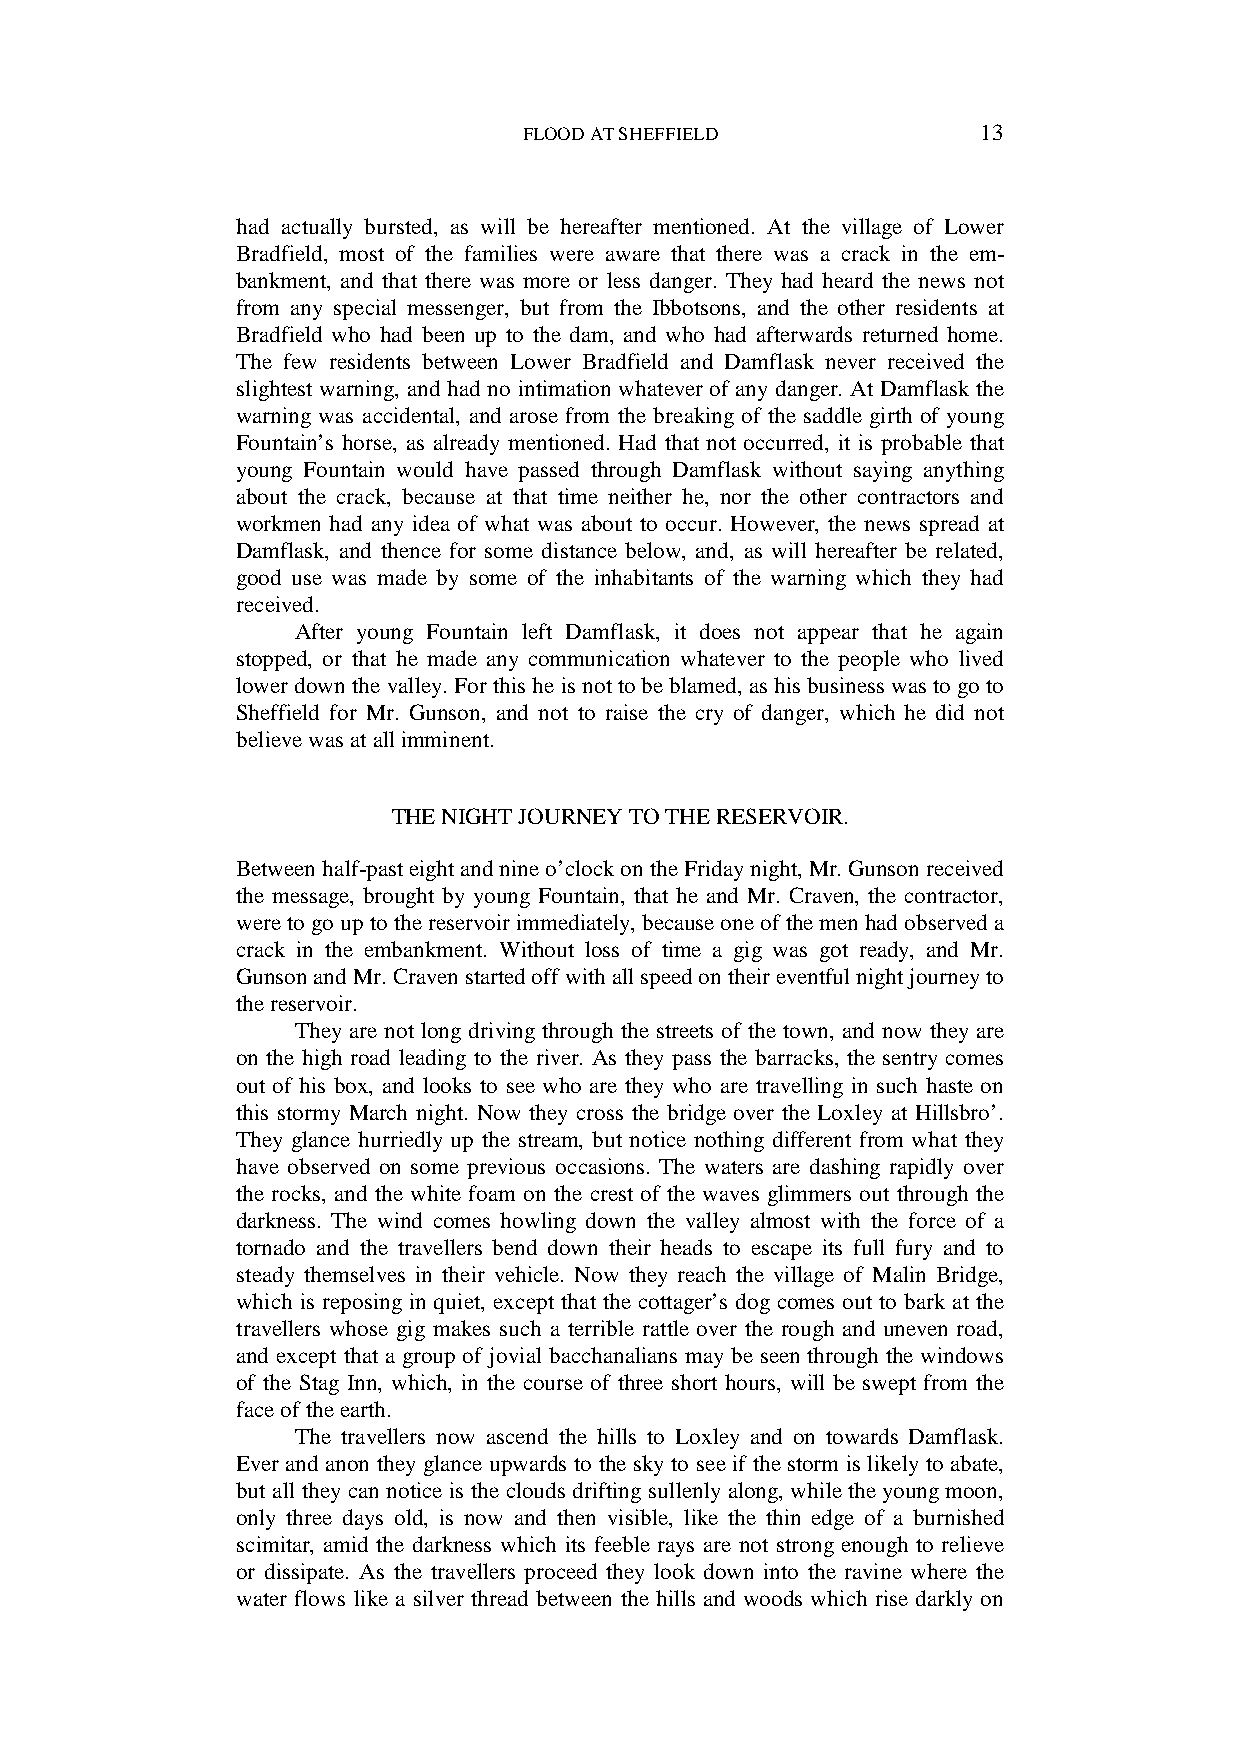
FLOOD AT SHEFFIELD            13
 had actually bursted, as will be hereafter mentioned. At the village of Lower
 Bradfield, most of the families were aware that there was a crack in the em-
 bankment, and that there was more or less danger. They had heard the news not
 from any special messenger, but from the Ibbotsons, and the other residents at
 Bradfield who had been up to the dam, and who had afterwards returned home.
 The few residents between Lower Bradfield and Damflask never received the
 slightest warning, and had no intimation whatever of any danger. At Damflask the
 warning was accidental, and arose from the breaking of the saddle girth of young
 Fountain’s horse, as already mentioned. Had that not occurred, it is probable that
 young Fountain would have passed through Damflask without saying anything
 about the crack, because at that time neither he, nor the other contractors and
 workmen had any idea of what was about to occur. However, the news spread at
 Damflask, and thence for some distance below, and, as will hereafter be related,
 good use was made by some of the inhabitants of the warning which they had
 received.
 After young Fountain left Damflask, it does not appear that he again
 stopped, or that he made any communication whatever to the people who lived
 lower down the valley. For this he is not to be blamed, as his business was to go to
 Sheffield for Mr. Gunson, and not to raise the cry of danger, which he did not
 believe was at all imminent.
 THE NIGHT JOURNEY TO THE RESERVOIR.
 Between half-past eight and nine o’clock on the Friday night, Mr. Gunson received
 the message, brought by young Fountain, that he and Mr. Craven, the contractor,
 were to go up to the reservoir immediately, because one of the men had observed a
 crack in the embankment. Without loss of time a gig was got ready, and Mr.
 Gunson and Mr. Craven started off with all speed on their eventful night journey to
 the reservoir.
 They are not long driving through the streets of the town, and now they are
 on the high road leading to the river. As they pass the barracks, the sentry comes
 out of his box, and looks to see who are they who are travelling in such haste on
 this stormy March night. Now they cross the bridge over the Loxley at Hillsbro’.
 They glance hurriedly up the stream, but notice nothing different from what they
 have observed on some previous occasions. The waters are dashing rapidly over
 the rocks, and the white foam on the crest of the waves glimmers out through the
 darkness. The wind comes howling down the valley almost with the force of a
 tornado and the travellers bend down their heads to escape its full fury and to
 steady themselves in their vehicle. Now they reach the village of Malin Bridge,
 which is reposing in quiet, except that the cottager’s dog comes out to bark at the
 travellers whose gig makes such a terrible rattle over the rough and uneven road,
 and except that a group of jovial bacchanalians may be seen through the windows
 of the Stag Inn, which, in the course of three short hours, will be swept from the
 face of the earth.
 The travellers now ascend the hills to Loxley and on towards Damflask.
 Ever and anon they glance upwards to the sky to see if the storm is likely to abate,
 but all they can notice is the clouds drifting sullenly along, while the young moon,
 only three days old, is now and then visible, like the thin edge of a burnished
 scimitar, amid the darkness which its feeble rays are not strong enough to relieve
 or dissipate. As the travellers proceed they look down into the ravine where the
 water flows like a silver thread between the hills and woods which rise darkly on